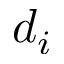
d _ { i }